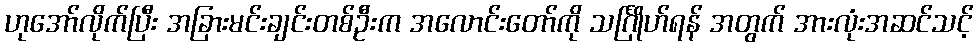
ဟုအော်လိုက်ပြီး အခြားမင်းချင်းတစ်ဦးက အလောင်းတော်ကို သင်္ဂြိုဟ်ရန် အတွက် အားလုံးအဆင်သင့်